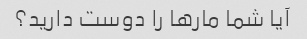
آیا شما مارها را دوست دارید؟